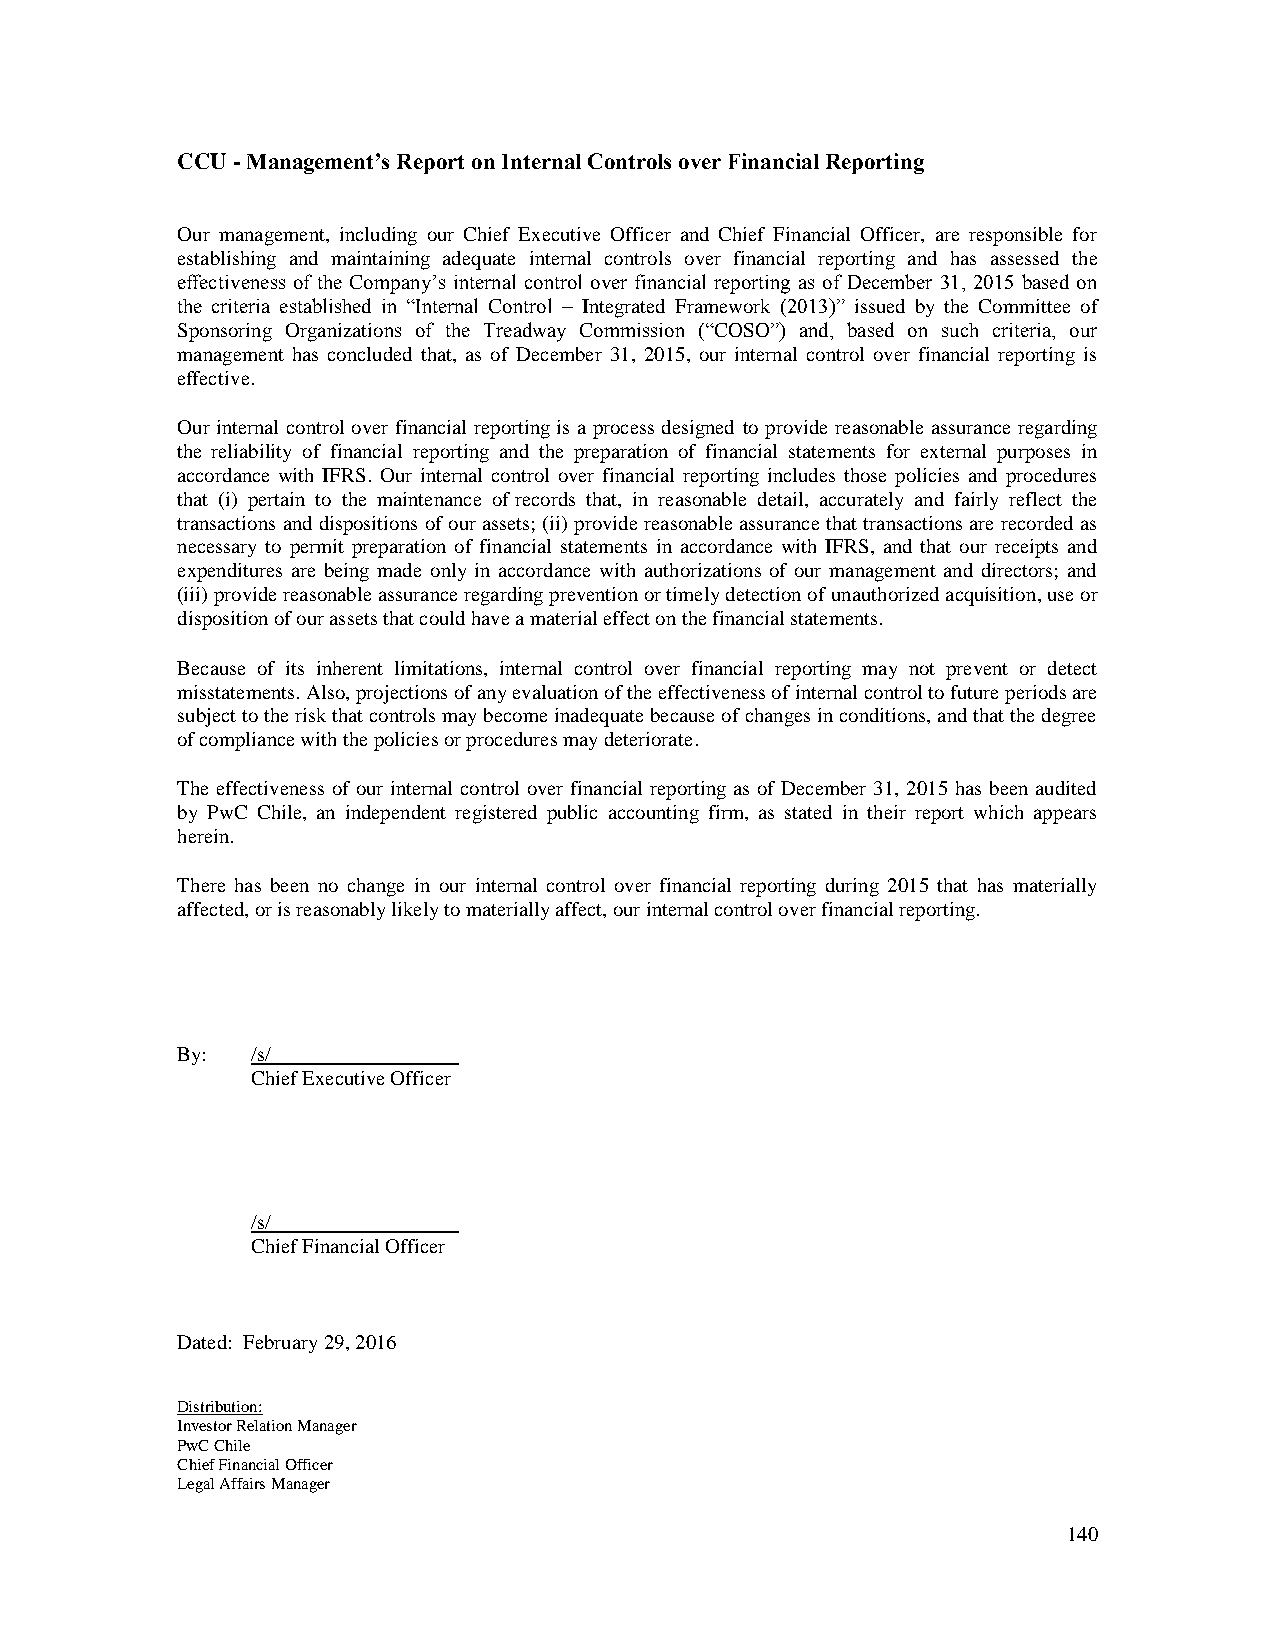
CCU - Management’s Report on Internal Controls over Financial Reporting
 Our management, including our Chief Executive Officer and Chief Financial Officer, are responsible for
 establishing and maintaining adequate internal controls over financial reporting and has assessed the
 effectiveness of the Company’s internal control over financial reporting as of December 31, 2015 based on
 the criteria established in “Internal Control – Integrated Framework (2013)” issued by the Committee of
 Sponsoring Organizations of the Treadway Commission (“COSO”) and, based on such criteria, our
 management has concluded that, as of December 31, 2015, our internal control over financial reporting is
 effective.
 Our internal control over financial reporting is a process designed to provide reasonable assurance regarding
 the reliability of financial reporting and the preparation of financial statements for external purposes in
 accordance with IFRS. Our internal control over financial reporting includes those policies and procedures
 that (i) pertain to the maintenance of records that, in reasonable detail, accurately and fairly reflect the
 transactions and dispositions of our assets; (ii) provide reasonable assurance that transactions are recorded as
 necessary to permit preparation of financial statements in accordance with IFRS, and that our receipts and
 expenditures are being made only in accordance with authorizations of our management and directors; and
 (iii) provide reasonable assurance regarding prevention or timely detection of unauthorized acquisition, use or
 disposition of our assets that could have a material effect on the financial statements.
 Because of its inherent limitations, internal control over financial reporting may not prevent or detect
 misstatements. Also, projections of any evaluation of the effectiveness of internal control to future periods are
 subject to the risk that controls may become inadequate because of changes in conditions, and that the degree
 of compliance with the policies or procedures may deteriorate.
 The effectiveness of our internal control over financial reporting as of December 31, 2015 has been audited
 by PwC Chile, an independent registered public accounting firm, as stated in their report which appears
 herein.
 There has been no change in our internal control over financial reporting during 2015 that has materially
 affected, or is reasonably likely to materially affect, our internal control over financial reporting.
 By:  /s/__________________
 Chief Executive Officer
 /s/ _________________
 Chief Financial Officer
 Dated: February 29, 2016
 Distribution:
 Investor Relation Manager
 PwC Chile
 Chief Financial Officer
 Legal Affairs Manager
 140